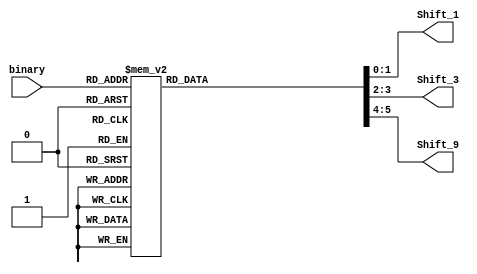
module binary_to_base3 (
    input [3:0] binary,
    output reg [1:0] Shift_1,
    output reg [1:0] Shift_3,
    output reg [1:0] Shift_9
);

always@(*)  
begin
    case(binary)
        4'b0000: begin Shift_1 = 2'b00; Shift_3 = 2'b00; Shift_9 = 2'b00; end
        4'b0001: begin Shift_1 = 2'b01; Shift_3 = 2'b00; Shift_9 = 2'b00; end
        4'b0010: begin Shift_1 = 2'b10; Shift_3 = 2'b00; Shift_9 = 2'b00; end
        4'b0011: begin Shift_1 = 2'b00; Shift_3 = 2'b01; Shift_9 = 2'b00; end
        4'b0100: begin Shift_1 = 2'b01; Shift_3 = 2'b01; Shift_9 = 2'b00; end
        4'b0101: begin Shift_1 = 2'b10; Shift_3 = 2'b01; Shift_9 = 2'b00; end
        4'b0110: begin Shift_1 = 2'b00; Shift_3 = 2'b10; Shift_9 = 2'b00; end
        4'b0111: begin Shift_1 = 2'b01; Shift_3 = 2'b10; Shift_9 = 2'b00; end
        4'b1000: begin Shift_1 = 2'b10; Shift_3 = 2'b10; Shift_9 = 2'b00; end
        4'b1001: begin Shift_1 = 2'b00; Shift_3 = 2'b00; Shift_9 = 2'b01; end
        4'b1010: begin Shift_1 = 2'b01; Shift_3 = 2'b00; Shift_9 = 2'b01; end
        4'b1011: begin Shift_1 = 2'b10; Shift_3 = 2'b00; Shift_9 = 2'b01; end
        4'b1100: begin Shift_1 = 2'b00; Shift_3 = 2'b01; Shift_9 = 2'b01; end
        4'b1101: begin Shift_1 = 2'b01; Shift_3 = 2'b01; Shift_9 = 2'b01; end
        4'b1110: begin Shift_1 = 2'b10; Shift_3 = 2'b01; Shift_9 = 2'b01; end
        4'b1111: begin Shift_1 = 2'b00; Shift_3 = 2'b10; Shift_9 = 2'b01; end
        default: begin $display("Error"); end
    endcase
end

endmodule